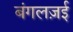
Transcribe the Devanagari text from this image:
बंगलज़ई